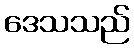
ဒေသသည်